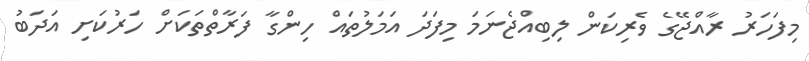
މިފަހަރު ރާއްޖޭގެ ވެރިކަން ލިބިއްޖެނަމަ މިފަދަ އަމަލުތައް ހިންގާ ފަރާތްތަކަށް ހަރުކަށި އަދަބު